Mental hospitals Bombay report 1929-33 - 1929-1933
Year: 1929
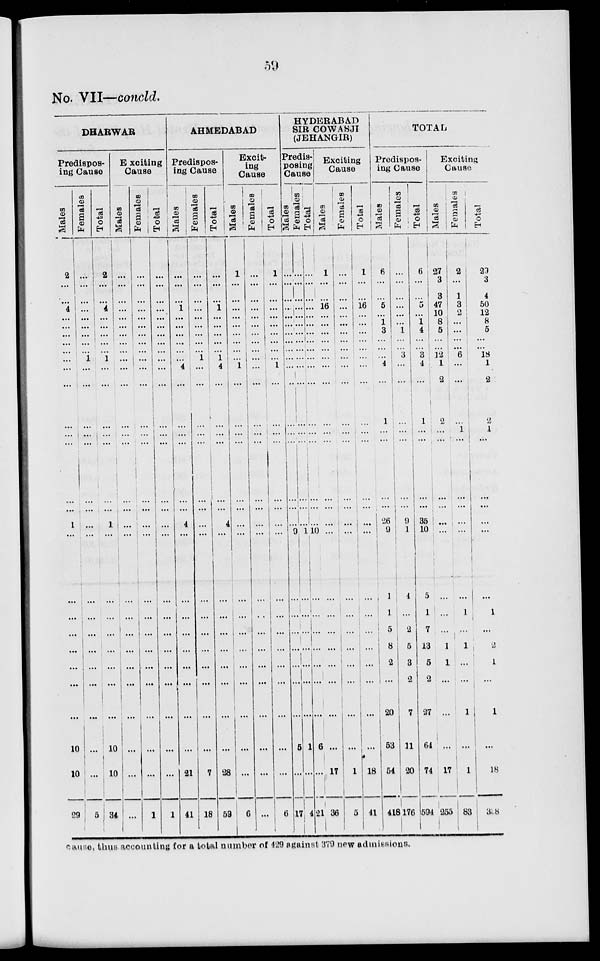
59
No. VII—concld.
DHARWAR
Predispos-
ing Cause
Males
2
...
...
4
...
...
...
...
...
...
...
...
...
...
...
...
1
...
...
...
...
...
...
...
...
10
10
29
Females
...
...
...
...
...
...
...
...
1
...
...
...
...
...
...
...
...
...
...
...
...
...
...
...
...
...
...
5
Total
2
...
...
4
... ...
...
...
1
...
...
...
...
...
...
....
1
...
...
...
...
...
...
...
...
10
10
34
Exciting
Cause
Males
...
...
...
...
...
...
...
...
...
...
...
...
...
...
...
...
...
...
...
...
...
...
...
...
...
...
...
...
Females
...
...
...
...
...
...
...
...
...
...
...
...
...
...
...
...
...
...
...
...
...
...
...
...
...
...
...
1
Total
...
...
...
...
...
...
...
...
...
...
...
...
...
...
...
...
...
...
...
...
...
...
...
...
...
...
...
1
AHMEDABAD
Predispos-
ing Cause
Males
...
...
...
1 ...
...
...
...
...
4
...
...
...
...
...
...
4
...
...
...
...
...
...
...
...
...
21
41
Females
...
...
...
...
...
...
...
...
1
...
...
...
...
...
...
...
...
...
...
...
...
...
...
...
...
...
7
18
Total
...
...
...
1
...
...
...
...
1
4
...
...
...
...
...
...
4
...
...
...
...
...
...
...
...
...
28
59
Excit-
ing
Cause
Males
1
...
...
...
...
...
...
...
... 1
...
...
...
...
...
...
...
...
...
...
...
...
...
...
...
...
...
6
Females
...
...
...
...
...
...
...
...
...
...
...
...
...
...
...
...
...
...
...
...
...
...
...
...
...
...
...
...
Total
1
...
...
...
...
...
...
...
... 1
...
...
...
...
...
...
...
...
...
...
...
...
...
...
...
...
...
6
HYDERABAD
SIR COWASJI
(JEHANGIR)
Predis-
posing
Cause
Males
...
...
...
...
...
...
...
...
...
...
...
...
...
...
...
...
..
9
...
...
...
...
...
...
...
5
...
17
Females
...
...
...
...
...
...
...
...
...
...
...
...
...
...
...
...
...
1
...
...
...
...
...
...
...
1
...
4
Total
...
...
...
...
...
...
...
...
...
...
...
...
...
...
...
...
...
10
...
...
...
...
...
...
...
6
...
21
Exciting
Cause
Males
1
...
...
16
...
...
...
...
...
...
...
...
...
...
...
...
...
...
...
...
...
...
...
...
...
...
17
36
Females
...
...
...
...
...
...
...
...
...
...
...
...
...
...
...
...
...
...
...
...
...
...
...
...
...
...
1
5
Total
1
...
...
16
...
...
...
...
...
...
...
...
...
...
...
...
...
...
...
...
...
...
...
...
...
...
18
41
TOTAL
Predispos-
ing Cause
Males
6
...
...
5
...
1
3
...
... 4
...
1
...
...
...
...
26
9
1
1
5
8
2
...
20
53
54
418
Females
...
...
...
...
...
...
1
...
...
...
...
...
...
...
...
...
9
1
4
...
2
5
3
2
7
11
20
176
Total
6
...
...
5
...
1
4
...
3
4
...
1
...
...
...
...
35
10
5
1
7
13
5
2
27
64
74
594
Exciting
Cause
Males
27
3
3
47
10
8
5
...
12
1
2
2
...
...
...
...
...
...
...
...
...
1
1
...
...
...
17
255
Females
2
...
1
3
2
...
...
...
6
...
...
...
1
...
...
...
...
...
...
1
...
1
...
...
1
...
1
83
! Total
29
3
4
50
12
8
5
...
18
1
2
2
1
...
...
...
...
...
...
1
...
2
1
...
1
...
18
338
cause, thus accounting for a total number of 429 Against 379 new admissions.